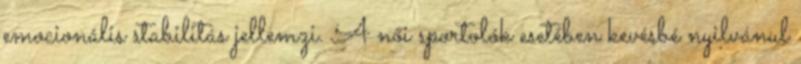
emocionális stabilitás jellemzi. A női sportolók esetében kevésbé nyilvánul